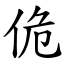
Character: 佹